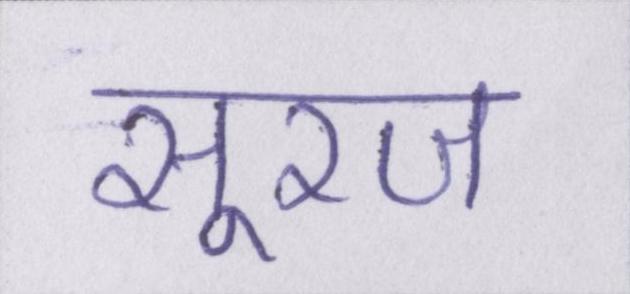
सूरज